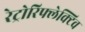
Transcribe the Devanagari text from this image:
रेट्रोरिफ्लेक्टिव